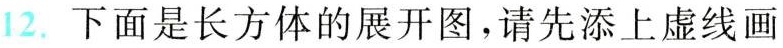
12.下面是长方体的展开图，请先添上虚线画